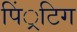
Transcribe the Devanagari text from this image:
पिं्रटिग